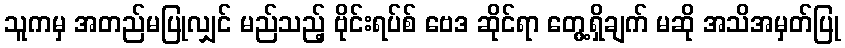
သူကမှ အတည်မပြုလျှင် မည်သည့် ဗိုင်းရပ်စ် ဗေဒ ဆိုင်ရာ တွေ့ရှိချက် မဆို အသိအမှတ်ပြု